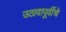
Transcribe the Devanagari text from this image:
उठावापूर्वीचे